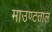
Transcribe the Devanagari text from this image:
माउण्टताल